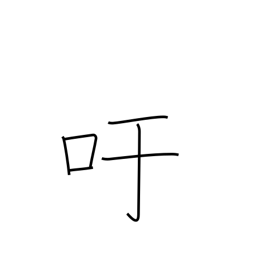
Meaning: exclamation